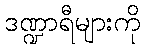
ဒဏ္ဍာရီများကို